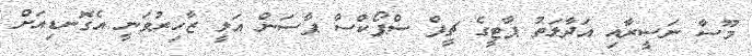
މޫސާ ނަސީރާއި އަދާލަތު ޕާޓީގެ ޗީފް ސްޕޯކްސް ޕާސަން އަލީ ޒާހިރުވަނީ އެގޮނޑިއަށް